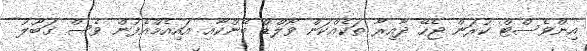
އިންވެސްޓް ކުރަން ޖެހޭ ދާއިރާ ތަކެއްކަން ވޯލްޑް ބޭންކާއި އައިއެމްއެފުން ވެސް ގަބޫލު